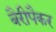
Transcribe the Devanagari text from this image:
बैरीपैकर